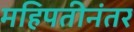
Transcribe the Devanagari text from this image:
महिपतीनंतर